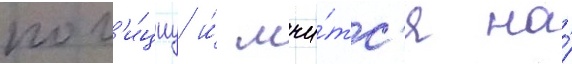
пол'и́циу и́ мчи́тс'я на́